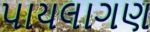
પાયલાગણ